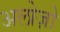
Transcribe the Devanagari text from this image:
अलोज़ो